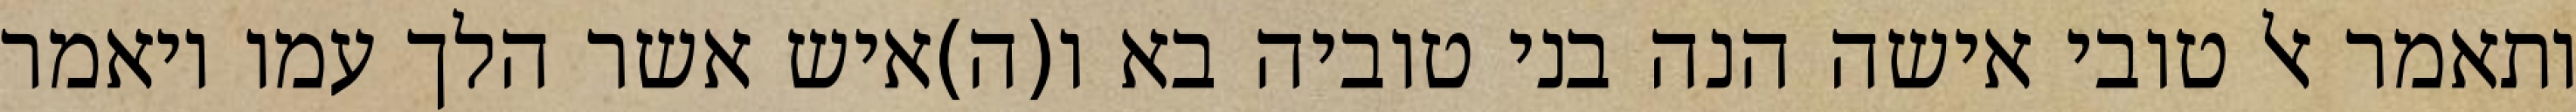
ותאמר אל טובי אישה הנה בני טוביה בא ו(ה)איש אשר הלך עמו ויאמר